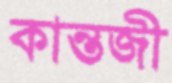
কান্তজী